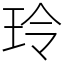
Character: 玲